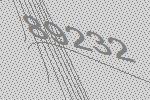
89232